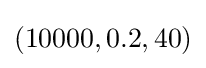
(10000,0.2,40)